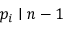
p _ { i } \mid n - 1